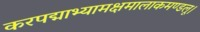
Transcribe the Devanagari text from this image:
करपद्माभ्यामक्षमालाकमण्डलू।